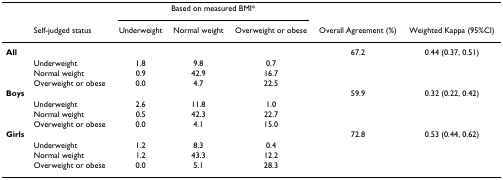
|  |  | <COLSPAN=3> Based on measured BMI* |  |  |
 |  | Self-judged status | Underweight | Normal weight | Overweight or obese | Overall Agreement (%) | Weighted Kappa (95%CI) |
 | --- | --- | --- | --- | --- | --- | --- |
 | All |  |  |  |  | 67.2 | 0.44 (0.37, 0.51) |
 |  | Underweight | 1.8 | 9.8 | 0.7 |  |  |
 |  | Normal weight | 0.9 | 42.9 | 16.7 |  |  |
 |  | Overweight or obese | 0.0 | 4.7 | 22.5 |  |  |
 | Boys |  |  |  |  | 59.9 | 0.32 (0.22, 0.42) |
 |  | Underweight | 2.6 | 11.8 | 1.0 |  |  |
 |  | Normal weight | 0.5 | 42.3 | 22.7 |  |  |
 |  | Overweight or obese | 0.0 | 4.1 | 15.0 |  |  |
 | Girls |  |  |  |  | 72.8 | 0.53 (0.44, 0.62) |
 |  | Underweight | 1.2 | 8.3 | 0.4 |  |  |
 |  | Normal weight | 1.2 | 43.3 | 12.2 |  |  |
 |  | Overweight or obese | 0.0 | 5.1 | 28.3 |  |  |